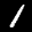
Label: 1